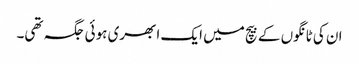
ان کی ٹانگوں کے بیچ میں ایک ابھری ہوئی جگہ تھی۔